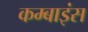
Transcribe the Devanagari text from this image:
कम्बाइंस